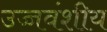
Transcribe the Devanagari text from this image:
उच्चवंशीय